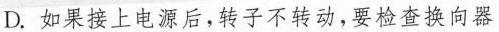
D.如果接上电源后，转子不转动，要检查换向器